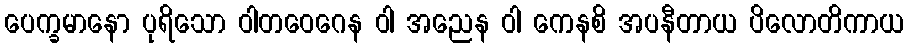
ပေက္ခမာနော ပုရိသော ဝါတဝေဂေန ဝါ အညေန ဝါ ကေနစိ အပနီတာယ ပိလောတိကာယ